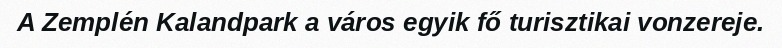
A Zemplén Kalandpark a város egyik fő turisztikai vonzereje.